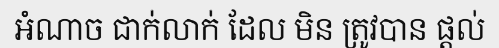
អំណាច ជាក់លាក់ ដែល មិន ត្រូវបាន ផ្តល់